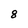
Character: 8